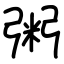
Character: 粥